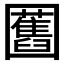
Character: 𭍸